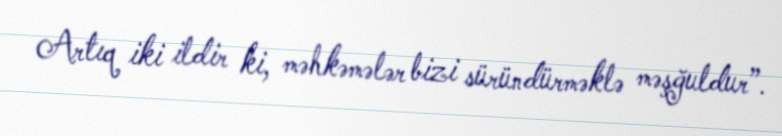
Artıq iki ildir ki, məhkəmələr bizi süründürməklə məşğuldur”.